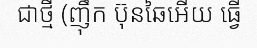
ជាថ្មី (ញ៉ឹក ប៊ុនឆៃអើយ ធ្វើ